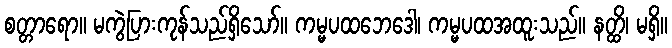
စတ္တာရော။ မကွဲပြားကုန်သည်ရှိသော်။ ကမ္မပထဘေဒေါ၊ ကမ္မပထအထူးသည်။ နတ္ထိ၊ မရှိ။